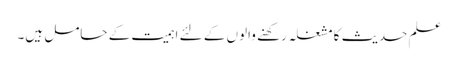
علم حدیث کا مشغلہ رکھنے والوں کے لئے اہمیت کے حامل ہیں۔